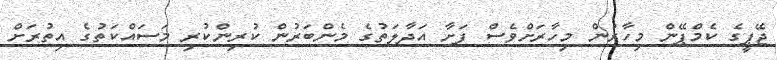
ޖޭޕީގެ ކެމްޕޭން މިހާރުން މިހާރަށްވެސް ފަށާ އަދާލަތުގެ މެންބަރުން ކުރިންކުރި މަސައްކަތުގެ އިތުރަށް